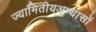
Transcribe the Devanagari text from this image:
ज्यामितीयअभ्यासों